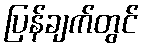
ပြန်ချက်တွင်